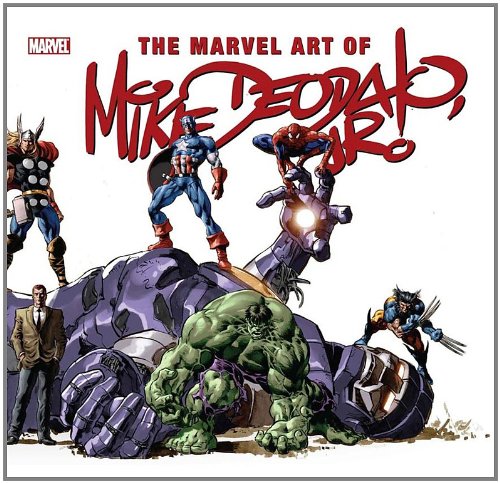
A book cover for The Marvel Art of Mike Deodato; John Rhett Thomas; Comics & Graphic Novels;